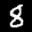
Label: 8